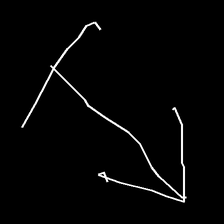
Glyph: levitation